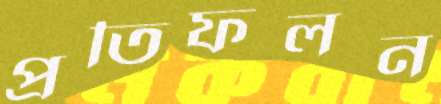
প্রতিফলন